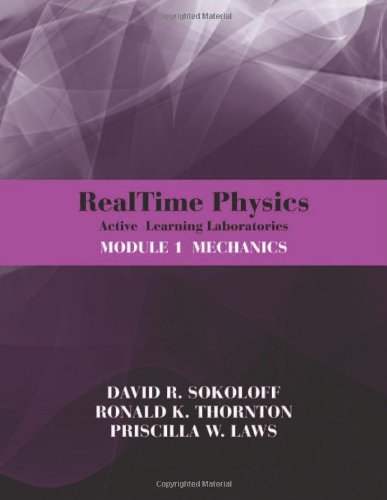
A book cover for RealTime Physics Active Learning Laboratories, Module 1: Mechanics; David R. Sokoloff; Science & Math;